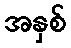
အနှစ်